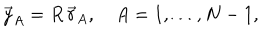
\vec { y } _ { A } = R \, \vec { r } _ { A } , \quad A = 1 , \dots , N - 1 ,